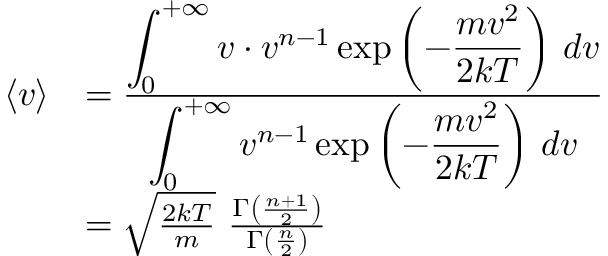
{ \begin{array} { r l } { \langle v \rangle } & { = { \frac { \displaystyle \int _ { 0 } ^ { + \infty } v \cdot v ^ { n - 1 } \exp \left( - { \frac { m v ^ { 2 } } { 2 k T } } \right) \, d v } { \displaystyle \int _ { 0 } ^ { + \infty } v ^ { n - 1 } \exp \left( - { \frac { m v ^ { 2 } } { 2 k T } } \right) \, d v } } } \\ & { = { \sqrt { \frac { 2 k T } { m } } } \ { \frac { \Gamma \left( { \frac { n + 1 } { 2 } } \right) } { \Gamma \left( { \frac { n } { 2 } } \right) } } } \end{array} }